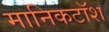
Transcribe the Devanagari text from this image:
मानिकटॉश